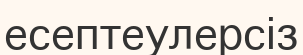
есептеулерсіз